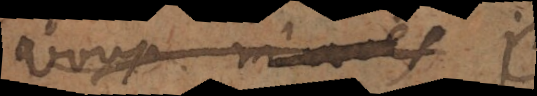
vous dites